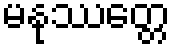
မနုဿတ္တေ